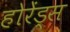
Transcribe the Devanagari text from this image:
होरेंड्स